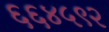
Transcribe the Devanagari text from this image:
६६४५९२